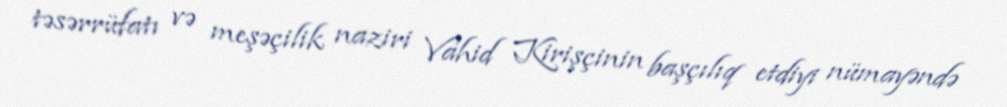
təsərrüfatı və meşəçilik naziri Vahid Kirişçinin başçılıq etdiyi nümayəndə